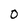
Character: 0